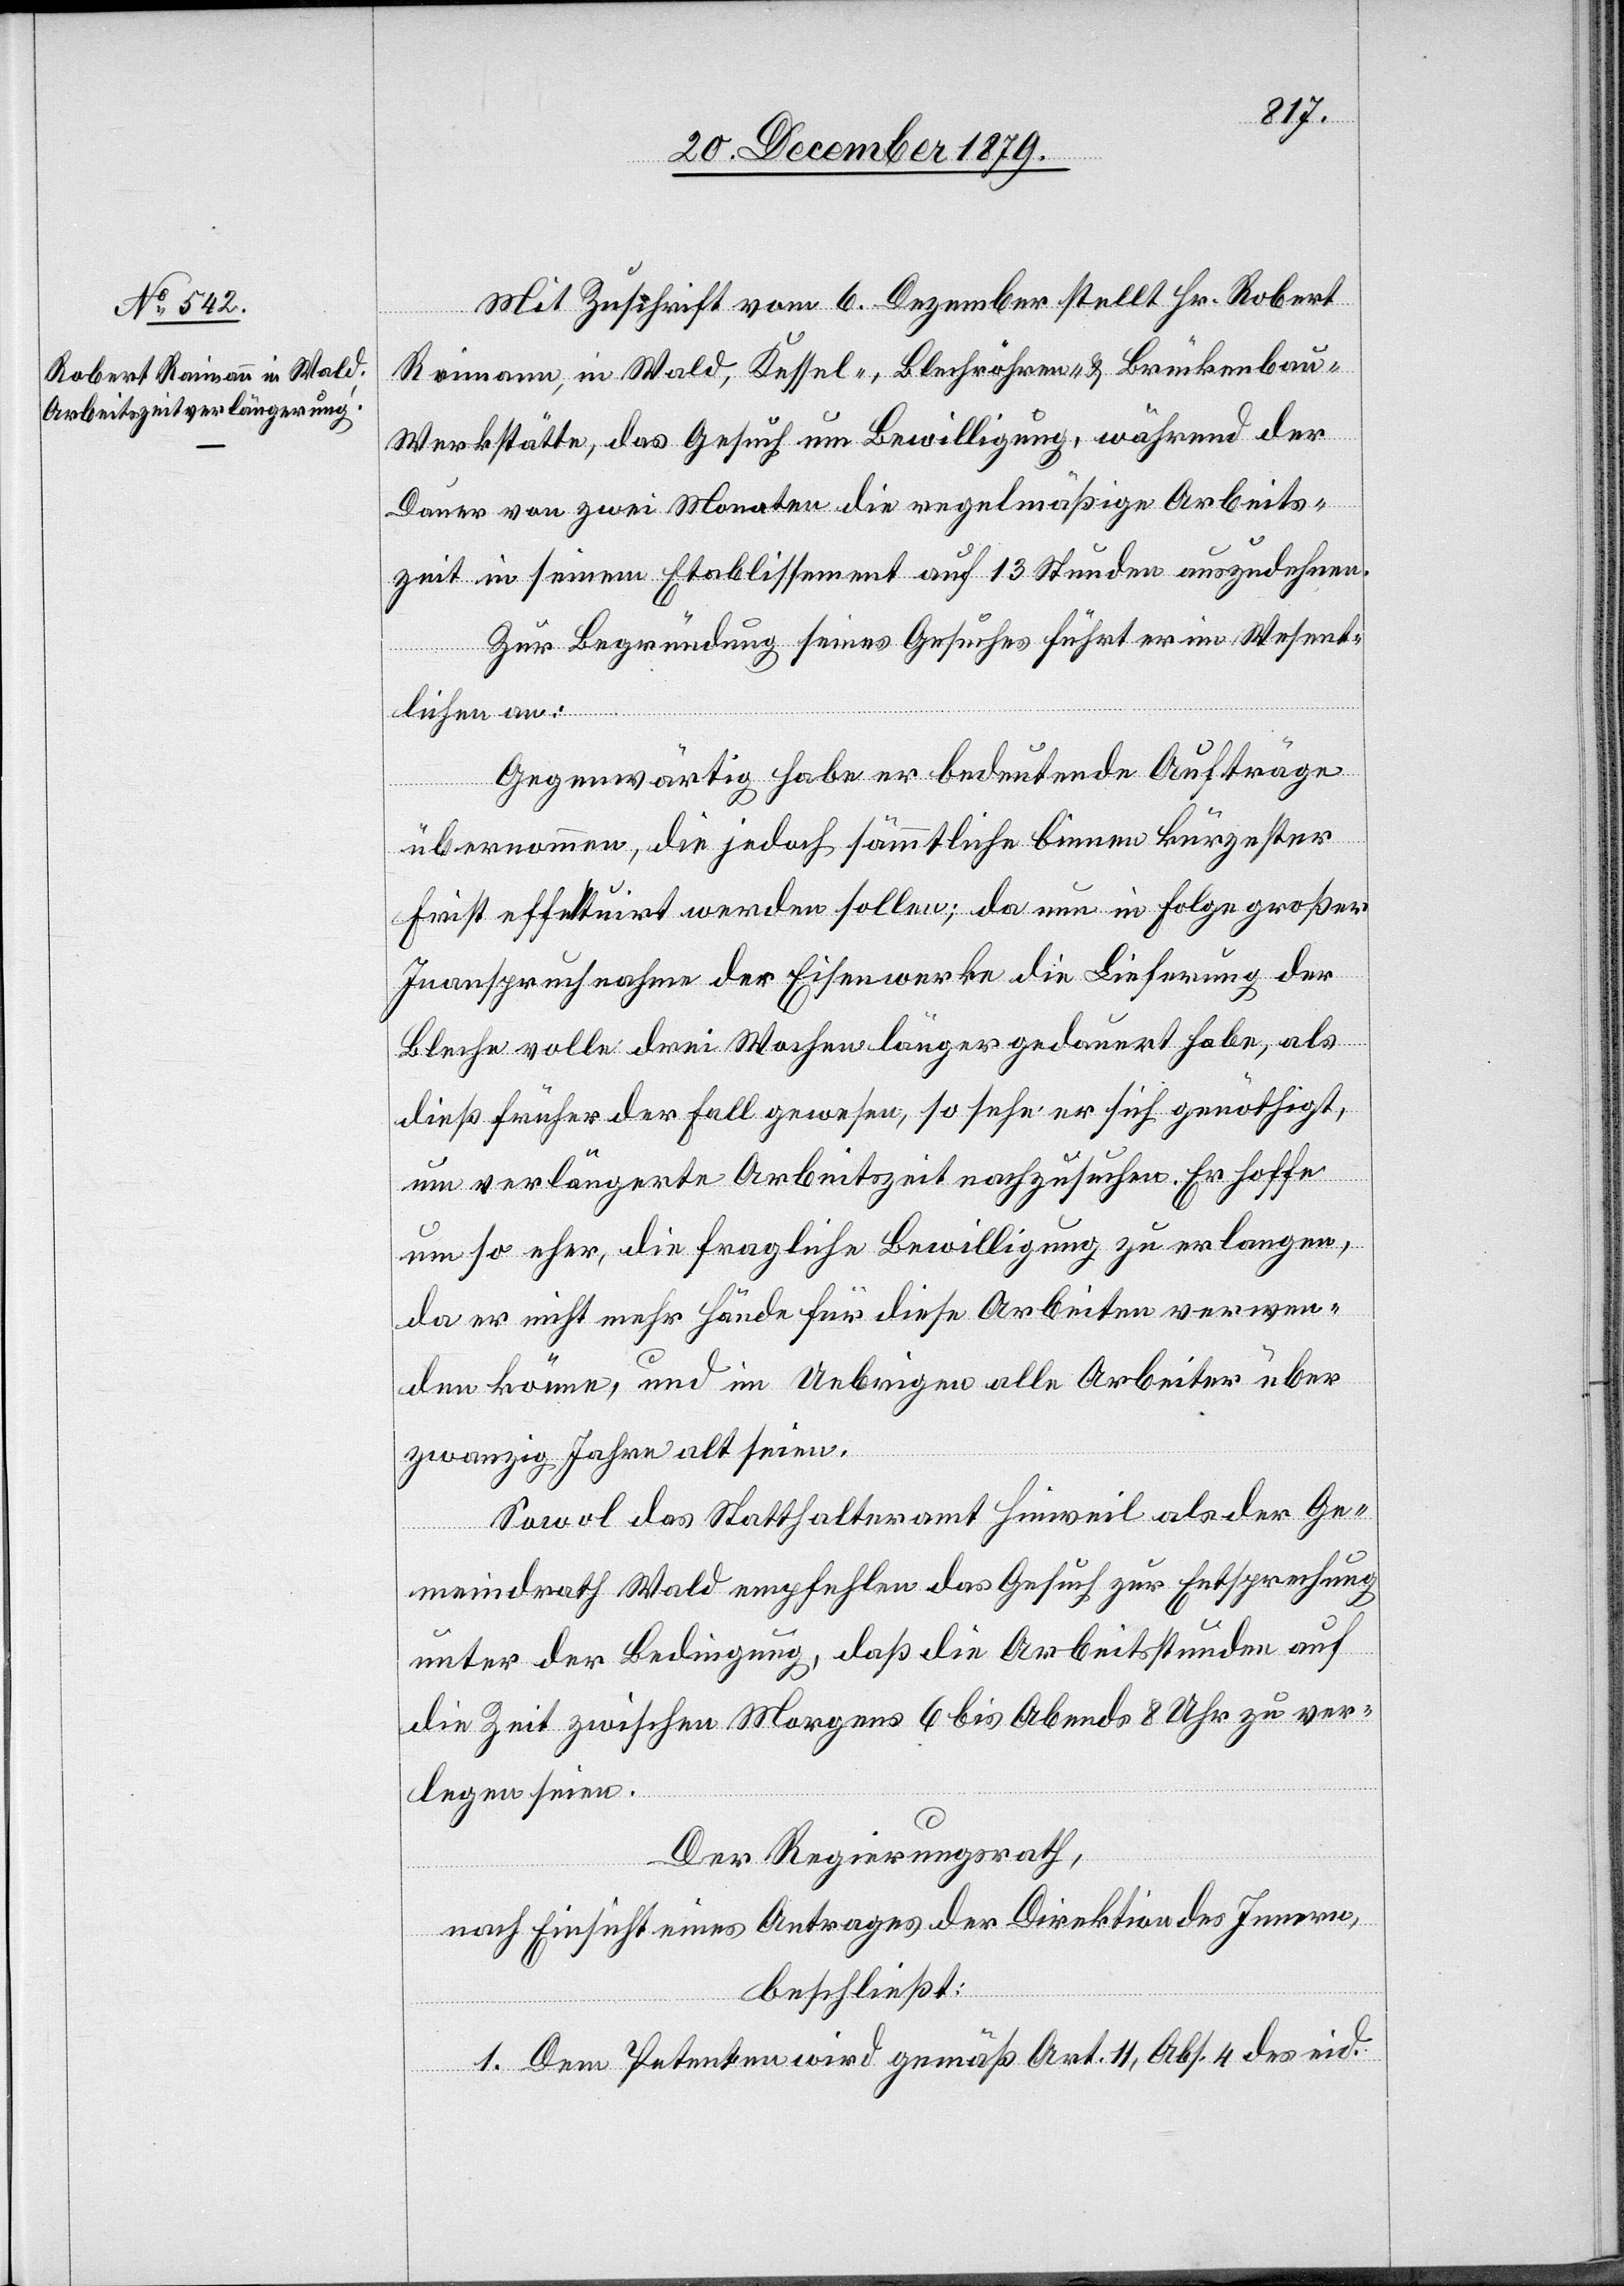
Mit Zuschrift vom 6. Dezember stellt Hr. Robert
Reimann, in Wald, Kessel-, Blechröhren- & Brückenbau-W¬
erkstätte, das Gesuch um Bewilligung, während der
Dauer von zwei Monaten die regelmäßige Arbeits¬
zeit in seinem Etablissement auf 13 Stunden auszudehnen.
Zur Begründung seines Gesuches führt er im Wesent¬
lichen an:
Gegenwärtig habe er bedeutende Aufträge
übernommen, die jedoch sämmtliche binnen kürzester
Frist effektuirt werden sollen; da nun in Folge großer
Inanspruchnahme der Eisenwerke die Lieferung der
Bleche volle drei Wochen länger gedauert habe, als
dieß früher der Fall gewesen, so sehe er sich genöthigt,
um verlängerte Arbeitszeit nachzusuchen. Er hoffe
um so eher, die fragliche Bewilligung zu erlangen,
da er nicht mehr Hände für diese Arbeiten verwen¬
den könne, und im Uebrigen alle Arbeiter über
zwanzig Jahre alt seien.
Sowol das Statthalteramt Hinweil als der Ge¬
meindrath Wald empfehlen das Gesuch zur Entsprechung
unter der Bedingung, daß die Arbeitsstunden auf
die Zeit zwischen Morgens 6 Uhr bis Abends 8 Uhr zu ver¬
legen seien.
Der Regierungsrath,
nach Einsicht eines Antrages der Direktion des Innern,
beschließt:
1. Dem Petenten wird gemäß Art. 11, Abs. 4 des eid.